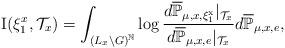
LaTeX: \begin{align*}\mathrm{I}(\xi_{1}^{x},\mathcal{T}_{x})=\int_{(L_{x}\backslash G)^{\mathbb{N}}}\log\frac{d\overline{\mathbb{P}}_{\mu,x,\mathrm{\xi_{1}^{x}}}|_{\mathcal{T}_{x}}}{d\overline{\mathbb{P}}_{\mu,x,e}|_{\mathcal{T}_{x}}}d\overline{\mathbb{P}}_{\mu,x,e},\end{align*}